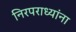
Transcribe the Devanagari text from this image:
निरपराध्यांना